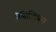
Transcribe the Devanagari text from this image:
बैसिलियस